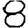
Digit: 8